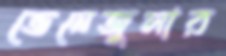
ভেনেজুলার